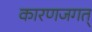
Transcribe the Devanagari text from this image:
कारणजगत्